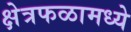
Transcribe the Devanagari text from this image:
क्षेत्रफळामध्ये